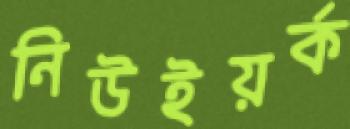
নিউইয়র্ক